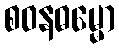
စဝနဓမ္မော